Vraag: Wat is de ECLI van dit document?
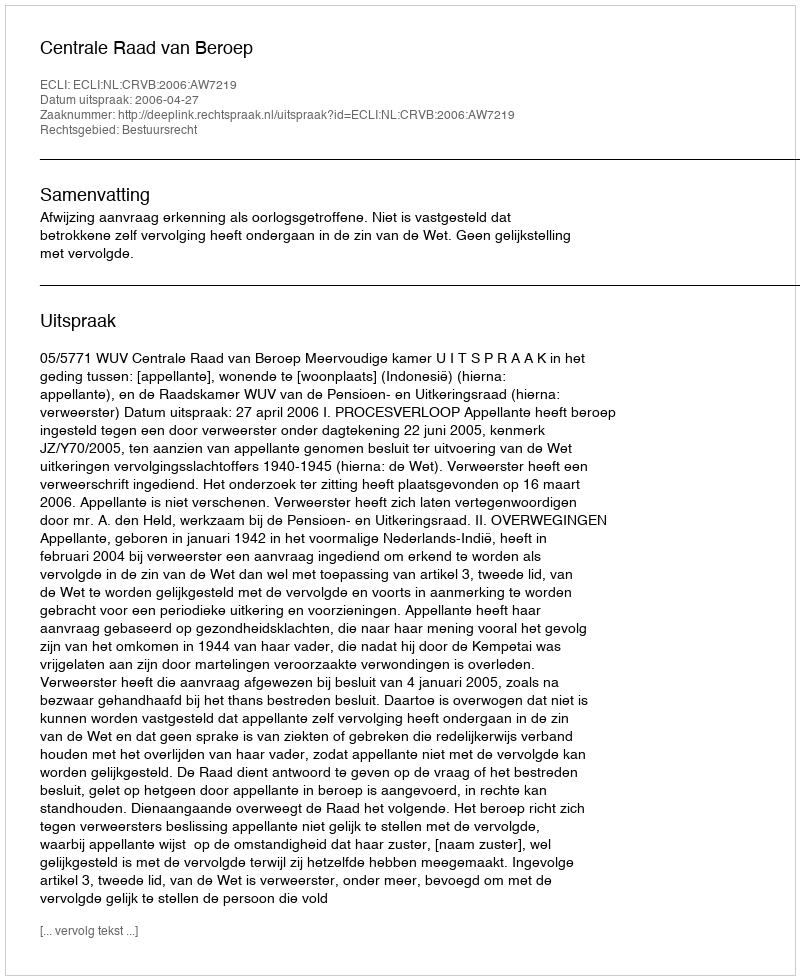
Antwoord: ECLI:NL:CRVB:2006:AW7219